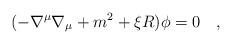
LaTeX: \begin{align*}(-\nabla^\mu\nabla_\mu+m^2+\xi R)\phi=0~~~,\end{align*}